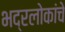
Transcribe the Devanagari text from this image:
भद्रलोकांचे